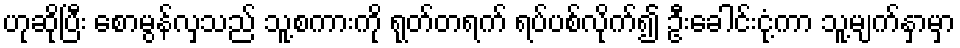
ဟုဆိုပြီး စောမွန်လှသည် သူ့စကားကို ရုတ်တရက် ရပ်ပစ်လိုက်၍ ဦးခေါင်းငုံ့ကာ သူ့မျက်နှာမှာ